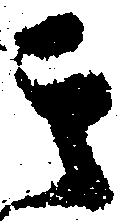
其